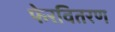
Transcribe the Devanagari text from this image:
फेरवितरण